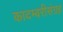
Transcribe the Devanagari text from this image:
कादम्बरीसंग्रह